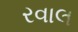
રવાલ